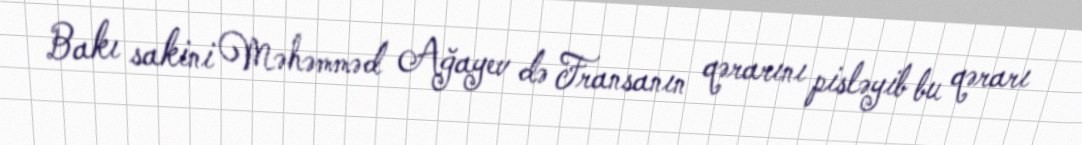
Bakı sakini Məhəmməd Ağayev də Fransanın qərarını pisləyib bu qərarı